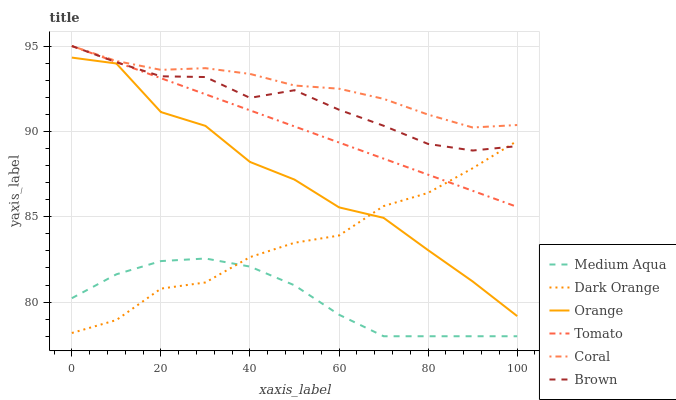
| xaxis_label | Medium Aqua | Dark Orange | Orange | Tomato | Coral | Brown |
 | --- | --- | --- | --- | --- | --- | --- |
 | 0 | 80.2 | 78.2 | 94.3 | 95 | 95 | 95 |
 | 10 | 81.6 | 78.9 | 94 | 94.1 | 94.1 | 94.1 |
 | 20 | 82.4 | 80.8 | 91.1 | 93.1 | 93.6 | 93.2 |
 | 30 | 82.6 | 81.2 | 90.3 | 92.2 | 93.7 | 93.2 |
 | 40 | 82.1 | 82.6 | 88.2 | 91.2 | 93.4 | 92 |
 | 50 | 81 | 83.5 | 87.2 | 90.3 | 92.7 | 92.4 |
 | 60 | 79.3 | 83.9 | 85.5 | 89.3 | 92.5 | 91.3 |
 | 70 | 78 | 85.6 | 84.9 | 88.4 | 91.9 | 90.3 |
 | 80 | 78 | 86.4 | 83 | 87.5 | 91 | 89.3 |
 | 90 | 78 | 87.8 | 81.2 | 86.5 | 90.2 | 88.9 |
 | 100 | 78 | 89.4 | 79.2 | 85.6 | 90.4 | 89.1 |